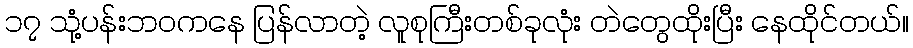
၁၇ သုံ့ပန်းဘဝကနေ ပြန်လာတဲ့ လူစုကြီးတစ်ခုလုံး တဲတွေထိုးပြီး နေထိုင်တယ်။